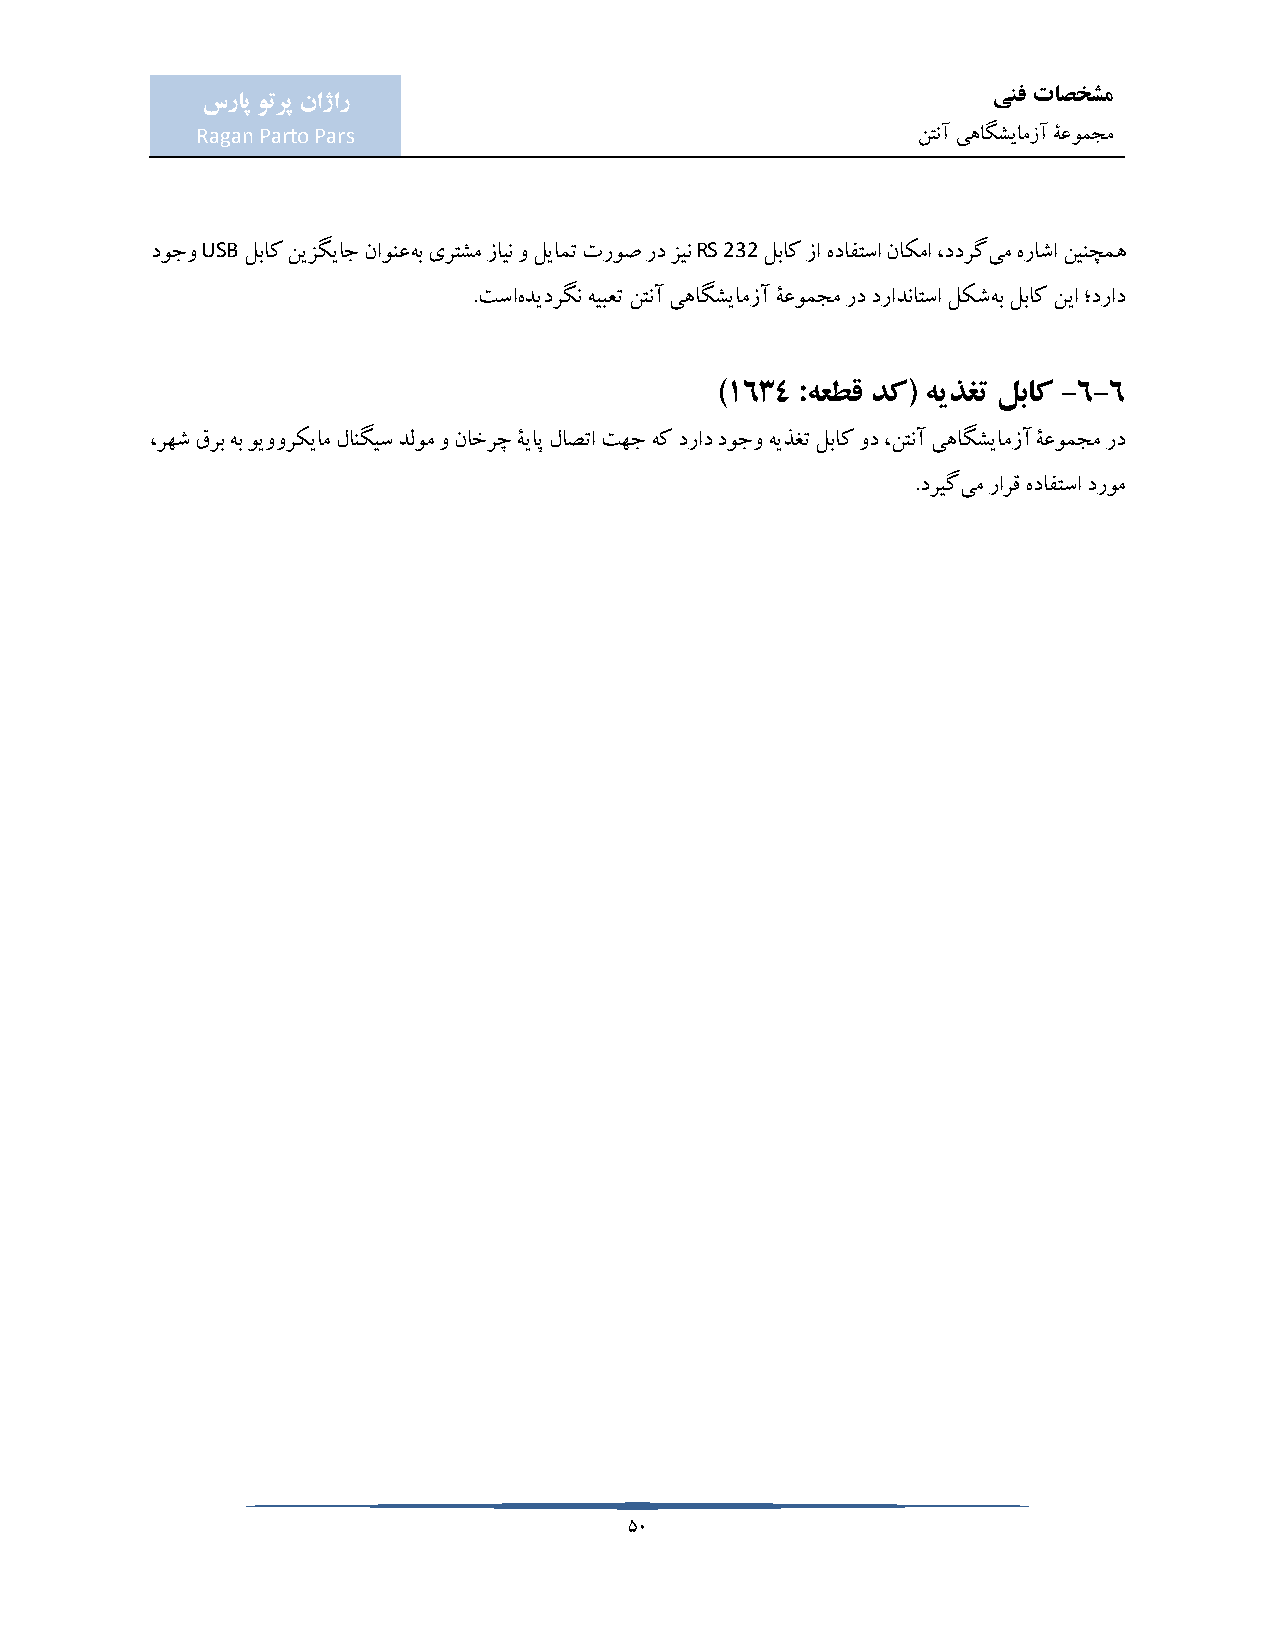
ینف تاصخشم
 سراپ وترپ ناژار
 Ragan Parto Pars                                نتنآ یهاگشیامزآ ۀعومجم
 USB                              RS 232
 دوجو  لباک نیزگیاج ناونعهب یرتشم زاین و لیامت تروص رد زین لباک زا هدافتسا ناکما ،ددرگیم هراشا نینچمه
 .تساهدیدرگن هیبعت نتنآ یهاگشیامزآ ۀعومجم رد درادناتسا لکشهب لباک نیا ؛دراد
 )1634 :هعطق دک( هیذغت لباک -6-6
 ،رهش قرب هب ویوورکیام لانگیس دلوم و ناخرچ ۀیاپ لاصتا تهج هک دراد دوجو هیذغت لباک ود ،نتنآ یهاگشیامزآ ۀعومجم رد
 .دریگیم رارق هدافتسا دروم
 50